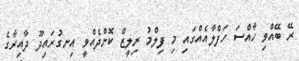
ރޭ ބޭއްވި ހާއްސަ ހަފްލާއެއްގައި މި ފިލްމު ރިލީޒް ކޮށްދެއްވީ އިނގުރައިދޫ ދާއިރާގެ